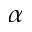
\alpha